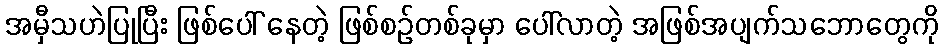
အမှီသဟဲပြုပြီး ဖြစ်ပေါ် နေတဲ့ ဖြစ်စဉ်တစ်ခုမှာ ပေါ်လာတဲ့ အဖြစ်အပျက်သဘောတွေကို